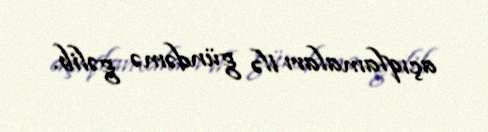
açıqlamaları ilə gündəmə gəlib.